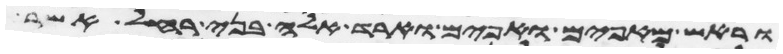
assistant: וראש מאפים ואפים וארד אלה בני רחל אשר